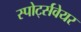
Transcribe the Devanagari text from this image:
स्पोर्ट्सवेयर